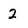
Character: 2